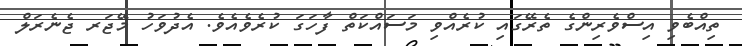
ތިއްބެވި އިސްވެރިންގެ ތެރޭގައި ކުރެއްވި މަސައްކަތް ފާހަގަ ކުރެވެއެވެ. އެދުވަހު މޭޖަރ ޖެނެރަލް